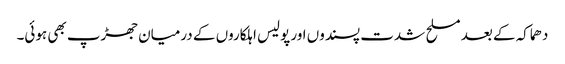
دھماکہ کے بعد مسلح شدت پسندوں اور پولیس اہلکاروں کے درمیان جھڑپ بھی ہوئی۔